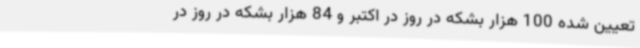
تعیین شده 100 هزار بشکه در روز در اکتبر و 84 هزار بشکه در روز در